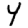
Digit: 4